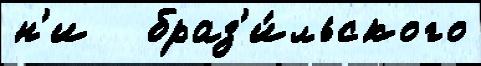
н'и   браз'и́льского